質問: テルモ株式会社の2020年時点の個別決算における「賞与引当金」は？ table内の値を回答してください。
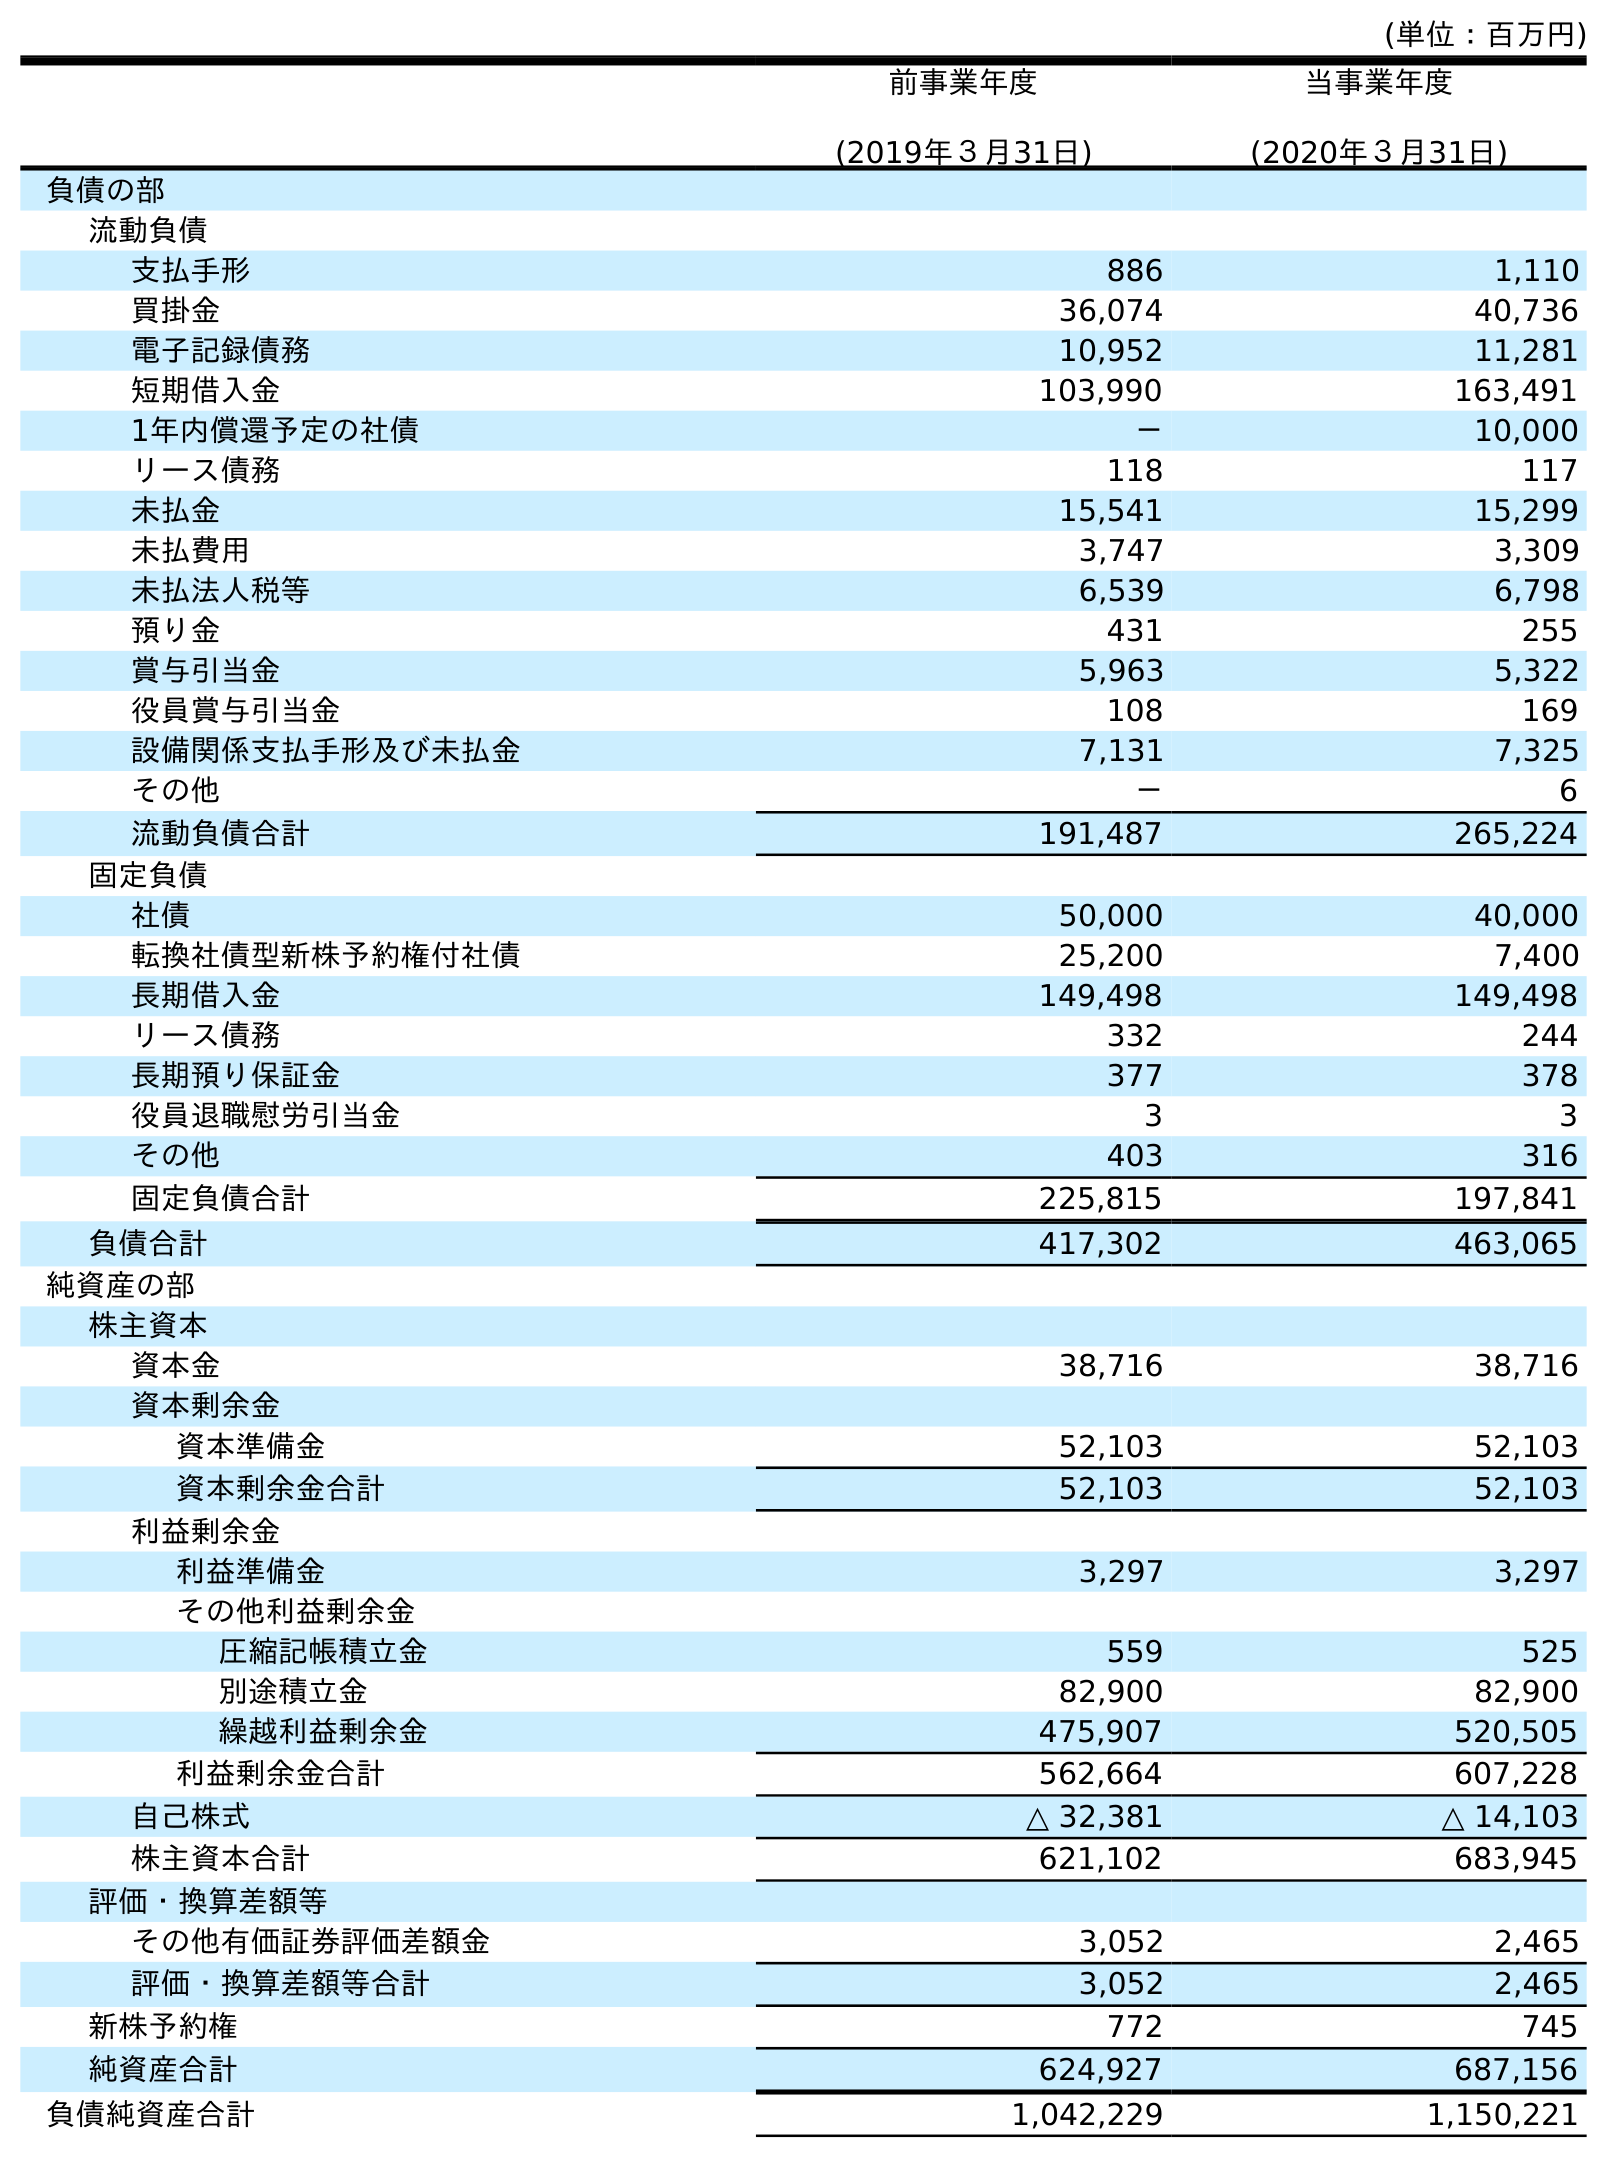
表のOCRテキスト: (単位：百万円) 前事業年度 (2019年３月31日) 当事業年度 (2020年３月31日) 負債の部 流動負債 支払手形 886 1,110 買掛金 36,074 40,736 電子記録債務 10,952 11,281 短期借入金 103,990 163,491 1年内償還予定の社債 － 10,000 リース債務 118 117 未払金 15,541 15,299 未払費用 3,747 3,309 未払法人税等 6,539 6,798 預り金 431 255 賞与引当金 5,963 5,322 役員賞与引当金 108 169 設備関係支払手形及び未払金 7,131 7,325 その他 － 6 流動負債合計 191,487 265,224 固定負債 社債 50,000 40,000 転換社債型新株予約権付社債 25,200 7,400 長期借入金 149,498 149,498 リース債務 332 244 長期預り保証金 377 378 役員退職慰労引当金 3 3 その他 403 316 固定負債合計 225,815 197,841 負債合計 417,302 463,065 純資産の部 株主資本 資本金 38,716 38,716 資本剰余金 資本準備金 52,103 52,103 資本剰余金合計 52,103 52,103 利益剰余金 利益準備金 3,297 3,297 その他利益剰余金 圧縮記帳積立金 559 525 別途積立金 82,900 82,900 繰越利益剰余金 475,907 520,505 利益剰余金合計 562,664 607,228 自己株式 △ 32,381 △ 14,103 株主資本合計 621,102 683,945 評価・換算差額等 その他有価証券評価差額金 3,052 2,465 評価・換算差額等合計 3,052 2,465 新株予約権 772 745 純資産合計 624,927 687,156 負債純資産合計 1,042,229 1,150,221
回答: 5,322